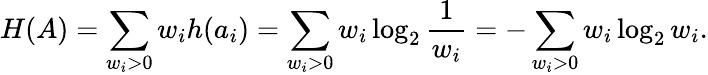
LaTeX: H(A)=\sum_{w_{i}>0}w_{i}h(a_{i})=\sum_{w_{i}>0}w_{i}\log_{2}{\frac{1}{w_{i}}}=-\sum_{w_{i}>0}w_{i}\log_{2}{w_{i}}.